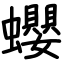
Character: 蠳